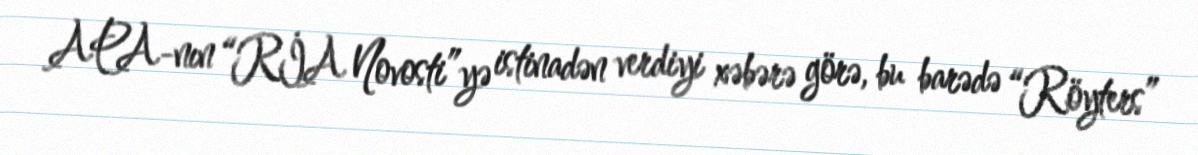
APA-nın “RİA Novosti”yə istinadən verdiyi xəbərə görə, bu barədə “Röyters”